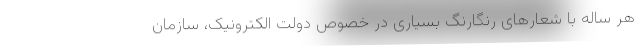
هر ساله با شعارهای رنگارنگ بسیاری در خصوص دولت الکترونیک، سازمان